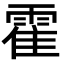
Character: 霍